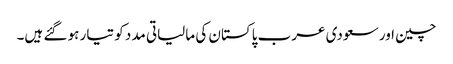
چین اور سعودی عرب پاکستان کی مالیاتی مدد کو تیار ہو گئے ہیں۔